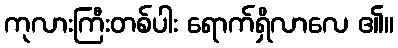
ကုလားကြီးတစ်ပါး ရောက်ရှိလာလေ ၏။